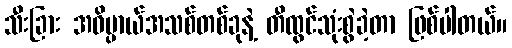
သီးခြား အဓိပ္ပာယ်အသစ်တစ်ခုနဲ့ တီထွင်သုံးစွဲခဲ့တာ ဖြစ်ပါတယ်။